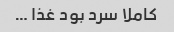
کاملا سرد بود غذا …